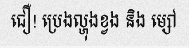
ជឿ! ប្រេងល្ហុងខ្វង និង ម្សៅ